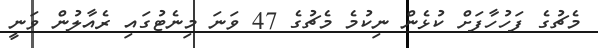
މެޗުގެ ފަހުހާފަށް ކުޅެން ނިކުމެ މެޗުގެ 47 ވަނަ މިނެޓުގައި ރެއާލުން ވަނީ